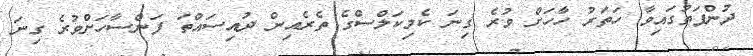
ދުންފަތުގައިވާ ހަތަރު ހާހަށް ވުރެ ގިނަ ކެމިކަލްސްގެ ތެރެއިން ދުއިސައްތަ ފަންސާހަށްވުރެ ގިނަ